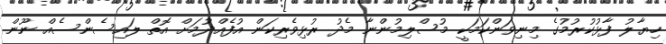
ހިޔާލު ފާޅުކުރުމުގެ މިނިވަންކަމަކީ މުސްލިމުންނާ މެދު ރުޅިވެރިކަން އުފެއްދުމަށް އޮތް ލައިސެންސެއް ނޫން